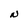
Character: N